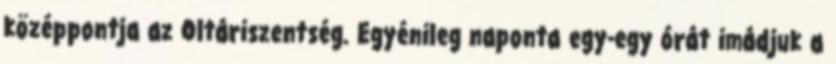
középpontja az Oltáriszentség. Egyénileg naponta egy-egy órát imádjuk a